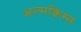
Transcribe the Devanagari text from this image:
अल्मक्विस्त